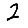
Digit: 2